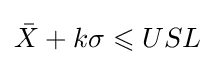
{\bar {X}}+k\sigma \leqslant USL